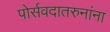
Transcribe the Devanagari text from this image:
पोर्सवदातरुनांना